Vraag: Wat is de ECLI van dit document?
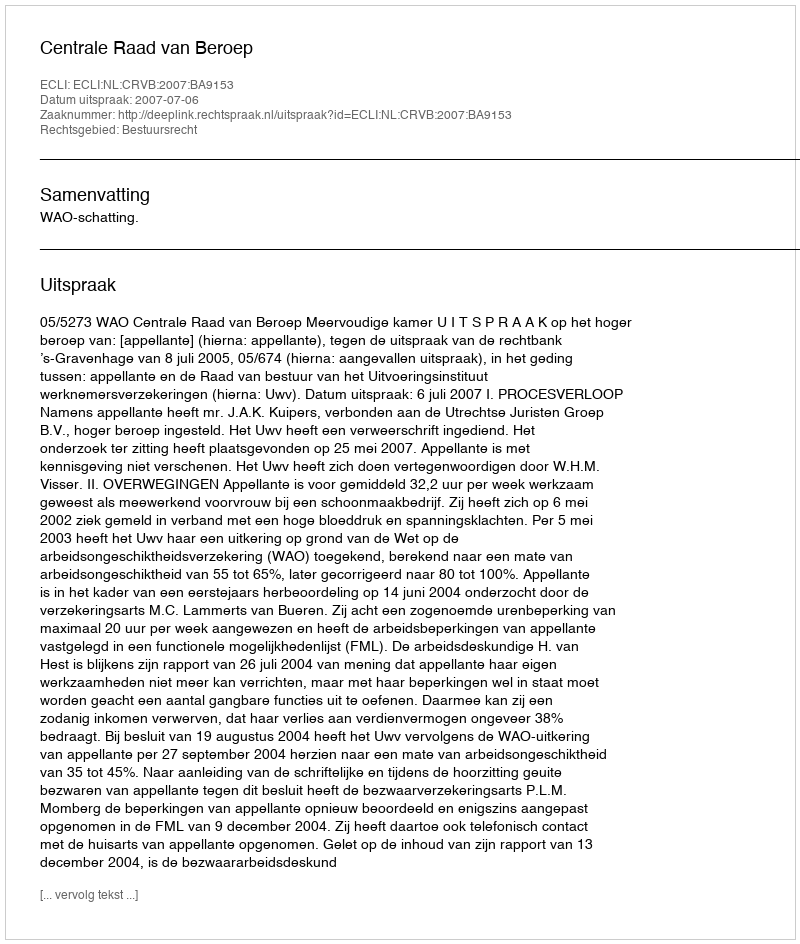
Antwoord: ECLI:NL:CRVB:2007:BA9153